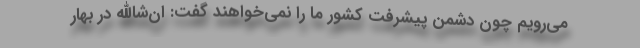
می‌رویم چون دشمن پیشرفت کشور ما را نمی‌خواهند گفت: ان‌شاالله در بهار